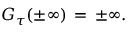
G _ { \tau } ( \pm \infty ) \, = \, \pm \infty .